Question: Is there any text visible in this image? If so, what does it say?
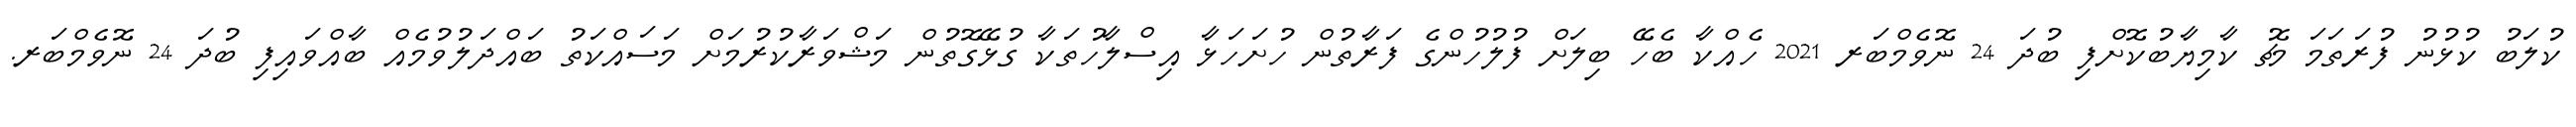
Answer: ކުލަބު ކުޅުނު ފުރަތަމަ މެޗު ކާމިޔާބުކޮށްފި ބުދަ 24 ނޮވެމްބަރ 2021 ހެއްކާ ބެހޭ ބިލަށް ފުލުހުންގެ ފަރާތުން ހުށަހަޅާ އިސްލާހުތަކާ ގުޅޭގޮތުން މަޝްވަރާކުރުމަށް މަސައްކަތު ބައްދަލުވުމެއް ބާއްވައިފި ބުދަ 24 ނޮވެމްބަރ.